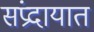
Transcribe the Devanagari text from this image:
संंप्रदायात